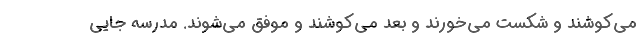
می‌کوشند و شکست می‌خورند و بعد می‌کوشند و موفق می‌شوند. مدرسه جایی